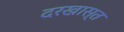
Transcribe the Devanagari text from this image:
दरखास्त